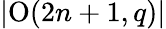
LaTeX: \left|\operatorname{O}(2n+1,q)\right|